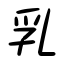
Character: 乳